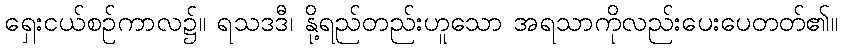
ရှေးငယ်စဉ်ကာလ၌။ ရသဒဒီ၊ နို့ရည်တည်းဟူသော အရသာကိုလည်းပေးပေတတ်၏။